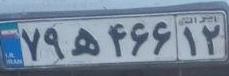
۷۹ه۴۶۶۱۲